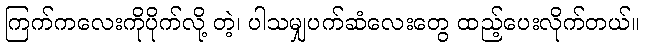
ကြက်ကလေးကိုပိုက်လို့ တဲ့၊ ပါသမျှပက်ဆံလေးတွေ ထည့်ပေးလိုက်တယ်။